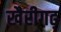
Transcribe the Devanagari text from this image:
खैरीगढ़